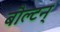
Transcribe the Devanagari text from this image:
बौल्‍टन्‌